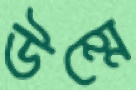
উম্মে